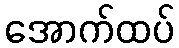
အောက်ထပ်